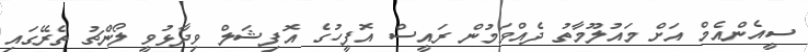
ސީއެންއެމް އަށް މައުލޫމާތު ދެއްވަމުން ރައީސް އޮފީހުގެ އޮފިޝަލް ވިދާޅުވީ ލޯންޗު ތެރޭގައި